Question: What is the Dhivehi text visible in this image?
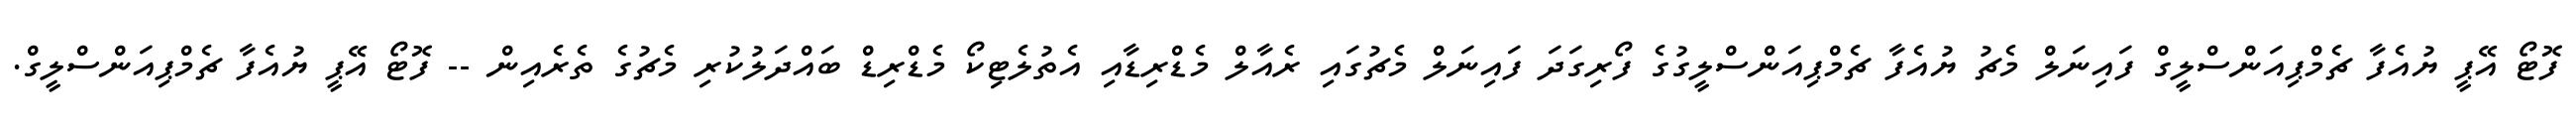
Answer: ފޮޓޯ އޭޕީ ޔުއެފާ ޗެމްޕިއަންސްލީގް ފައިނަލް މެޗު ޔުއެފާ ޗެމްޕިއަންސްލީގުގެ ފޯރިގަދަ ފައިނަލް މެޗުގައި ރެއާލް މެޑްރިޑާއި އެތުލެޓިކޯ މެޑްރިޑް ބައްދަލުކުރި މެޗުގެ ތެރެއިން -- ފޮޓޯ އޭޕީ ޔުއެފާ ޗެމްޕިއަންސްލީގް.